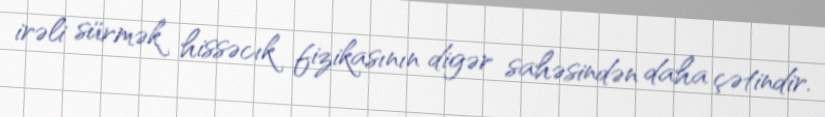
irəli sürmək hissəcık fizikasının digər sahəsindən daha çətindir.